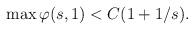
LaTeX: \begin{align*}\begin{aligned}\max \varphi (s, 1)< C(1+1/s).\end{aligned}\end{align*}